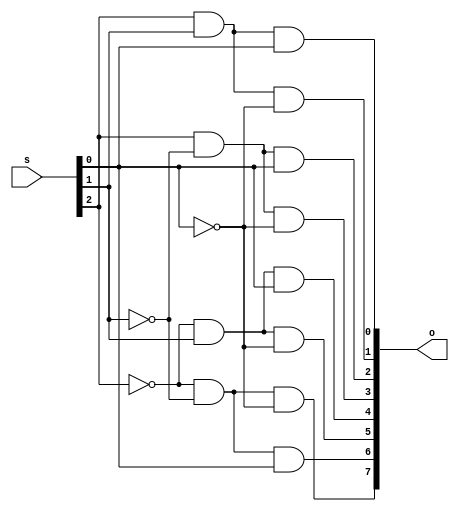
// Jianliang Luo
// 8-to-1 mutiplexor
// compile: D:\Sac State\CSC137\hw\2ndVerilog m8x1.v
// run: ./a.out

module DecoderMod(s, o);		// module definition
	input [2:0] s;
	output [0:7] o;
	wire [2:0] inv_s;
	
	not(inv_s[2], s[2]);
	not(inv_s[1], s[1]);
	not(inv_s[0], s[0]);

	and(o[0], inv_s[2], inv_s[1], inv_s[0]);
	and(o[1], inv_s[2], inv_s[1], 	  s[0]);
	and(o[2], inv_s[2], 	s[1], inv_s[0]);
	and(o[3], inv_s[2], 	s[1],  	  s[0]);
	and(o[4], 	  s[2], inv_s[1], inv_s[0]);
	and(o[5], 	  s[2], inv_s[1], 	  s[0]);
	and(o[6], 	  s[2], 	s[1], inv_s[0]);
	and(o[7], 	  s[2], 	s[1], 	  s[0]);
endmodule

module MuxMod(s, d, o);
	input [2:0] s;
	input [0:7] d;
	output o;
	
	wire [0:7] s_decoded, and_out;
	
	DecoderMod my_decoder(s, s_decoded);
	
	and(and_out[0], d[0], s_decoded[0]);
	and(and_out[1], d[1], s_decoded[1]);
	and(and_out[2], d[2], s_decoded[2]);
	and(and_out[3], d[3], s_decoded[3]);
	and(and_out[4], d[4], s_decoded[4]);
	and(and_out[5], d[5], s_decoded[5]);
	and(and_out[6], d[6], s_decoded[6]);
	and(and_out[7], d[7], s_decoded[7]);
	
	or(o, and_out[0], and_out[1], and_out[2], and_out[3], and_out[4], and_out[5], and_out[6], and_out[7]);
endmodule

module TestMod;
	reg [2:0] s;
	reg [0:7] d;
	wire o; 
	
	MuxMod my_mux(s, d, o);
	
	initial begin
      $display("Time  s..   d......  o");
      $display("----  ---  --------  -");
      $monitor("%4d  %b  %b  %b", $time, s, d, o);
   end
		 
	always begin d[7] = 0; #1; d[7] = 1; #1; end
	always begin d[6] = 0; #2; d[6] = 1; #2; end
	always begin d[5] = 0; #4; d[5] = 1; #4; end
	always begin d[4] = 0; #8; d[4] = 1; #8; end
	always begin d[3] = 0; #16; d[3] = 1; #16; end
	always begin d[2] = 0; #32; d[2] = 1; #32; end
	always begin d[1] = 0; #64; d[1] = 1; #64; end
	always begin d[0] = 0; #128; d[0] = 1; #128; end
	always begin s[0] = 0; #256; s[0] = 1; #256; end
	always begin s[1] = 0; #512; s[1] = 1; #512; end
	always begin s[2] = 0; #1024; s[2] = 1; #1024; end
	initial #2047 $finish;			// terminates after 2047 cycles
   
endmodule

// vvp -l test.log -v a.out